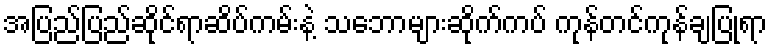
အပြည်ပြည်ဆိုင်ရာဆိပ်ကမ်းနဲ့ သဘောများဆိုက်ကပ် ကုန်တင်ကုန်ချပြုရာ